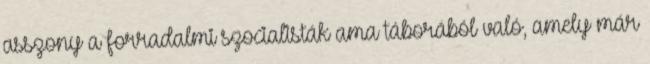
asszony a forradalmi szocialisták ama táborából való, amely már